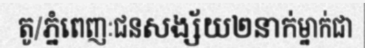
តូ/ភ្នំពេញៈជនសង្ស័យ២នាក់ម្នាក់ជា